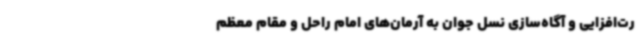
رت‌افزایی و آگاه‌سازی نسل جوان به آرمان‌های امام راحل و مقام معظم